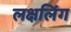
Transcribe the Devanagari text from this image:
लक्षलिंग